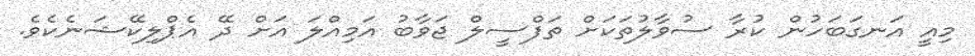
މިއީ އަނގަބަހުން ކުރާ ސުވާލުތަކަށް ތަފްސީލް ޖަވާބު އަމިއްލަ އަށް ދޭ އެޕްލިކޭޝަނެކެވެ.